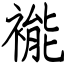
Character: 褦